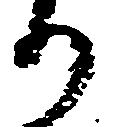
り